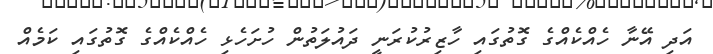
އަދި އޭނާ ހެއްކެއްގެ ގޮތުގައި ހާޒިރުކުރަނީ ދައުލަތުން ހުށަހެޅި ހެއްކެއްގެ ގޮތުގައި ކަމެއް